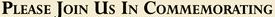
PLEASE JION US IN COMMEMORATING